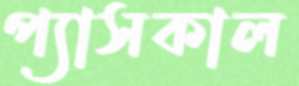
প্যাসকাল